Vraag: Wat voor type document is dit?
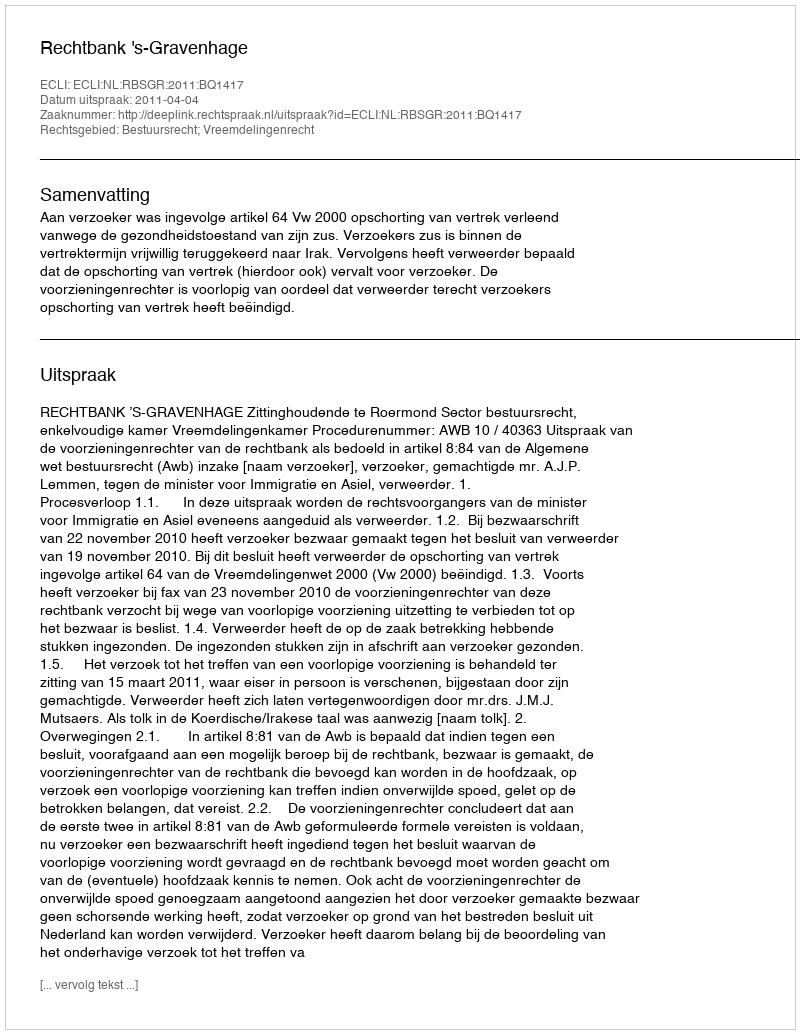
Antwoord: Uitspraak